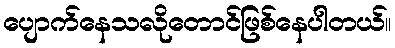
ပျောက်နေသလိုတောင်ဖြစ်နေပါတယ်။